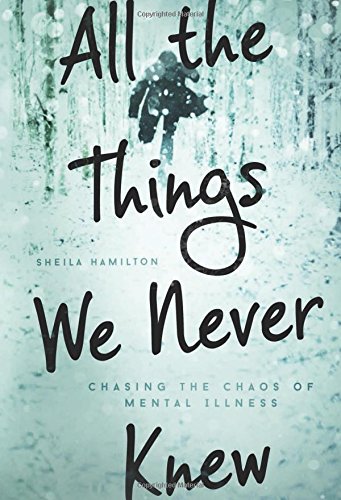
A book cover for All the Things We Never Knew: Chasing the Chaos of Mental Illness; Sheila Hamilton; Self-Help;